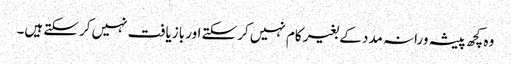
وہ کچھ پیشہ ورانہ مدد کے بغیر کام نہیں کرسکتے اور بازیافت نہیں کرسکتے ہیں۔